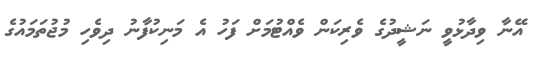
އޭނާ ވިދާޅުވީ ނަޝީދުގެ ވެރިކަން ވެއްޓުމަށް ފަހު އެ މަނިކުފާނު ދިވެހި މުޖުތަމައުގެ